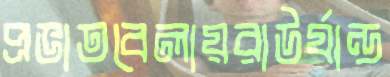
প্রভাতবেলায়রাউর্যান্ড